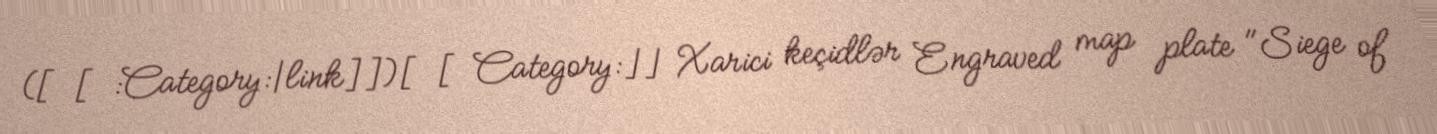
([[:Category:|link]])[[Category:]] Xarici keçidlər Engraved map plate "Siege of